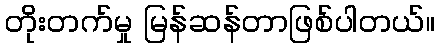
တိုးတက်မှု မြန်ဆန်တာဖြစ်ပါတယ်။